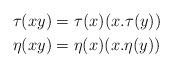
LaTeX: \begin{align*}\tau(xy)&=\tau(x)(x.\tau(y))\\\eta(xy)&=\eta(x)(x.\eta(y))\end{align*}